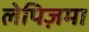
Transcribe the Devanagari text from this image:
लेपिज़मा